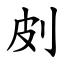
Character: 㓟